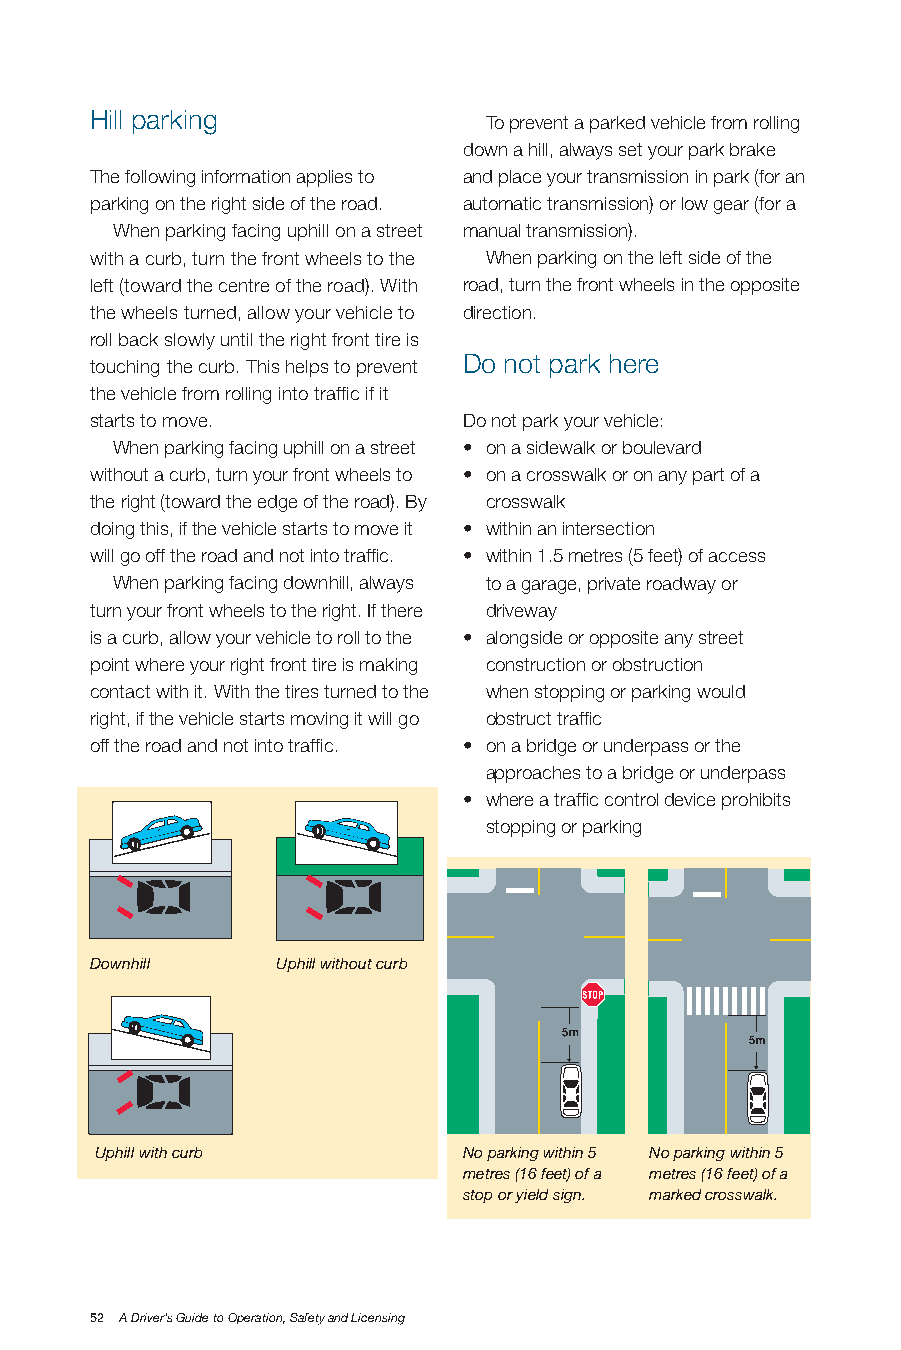
Hill parking
 To prevent a parked vehicle from rolling
 down a hill, always set your park brake
 The following information applies to and place your transmission in park (for an
 parking on the right side of the road. automatic transmission) or low gear (for a
 When parking facing uphill on a street manual transmission).
 with a curb, turn the front wheels to the When parking on the left side of the
 left (toward the centre of the road). With road, turn the front wheels in the opposite
 the wheels turned, allow your vehicle to direction.
 roll back slowly until the right front tire is
 Do not park here
 touching the curb. This helps to prevent
 the vehicle from rolling into traffic if it
 starts to move.          Do not park your vehicle:
 When parking facing uphill on a street • on a sidewalk or boulevard
 without a curb, turn your front wheels to • on a crosswalk or on any part of a
 the right (toward the edge of the road). By crosswalk
 doing this, if the vehicle starts to move it • within an intersection
 will go off the road and not into traffic. • within 1.5 metres (5 feet) of access
 When parking facing downhill, always to a garage, private roadway or
 turn your front wheels to the right. If there driveway
 is a curb, allow your vehicle to roll to the • alongside or opposite any street
 point where your right front tire is making construction or obstruction
 contact with it. With the tires turned to the when stopping or parking would
 right, if the vehicle starts moving it will go obstruct traffic
 off the road and not into traffic. • on a bridge or underpass or the
 approaches to a bridge or underpass
 • where a traffic control device prohibits
 stopping or parking
 Downhill    Uphill without curb
 Uphill with curb         No parking within 5 No parking within 5
 metres (16 feet) of a metres (16 feet) of a
 stop or yield sign. marked crosswalk.
 52 A Driver’s Guide to Operation, Safety and Licensing